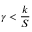
\gamma < \frac { k } { S }